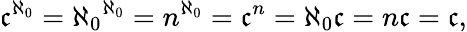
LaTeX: {\mathfrak{c}}^{\aleph_{0}}={\aleph_{0}}^{\aleph_{0}}=n^{\aleph_{0}}={\mathfrak{c}}^{n}=\aleph_{0}{\mathfrak{c}}=n{\mathfrak{c}}={\mathfrak{c}},